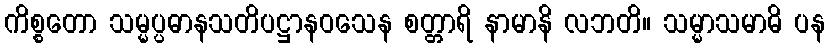
ကိစ္စတော သမ္မပ္ပဓာနသတိပဋ္ဌာနဝသေန စတ္တာရိ နာမာနိ လဘတိ။ သမ္မာသမာဓိ ပန